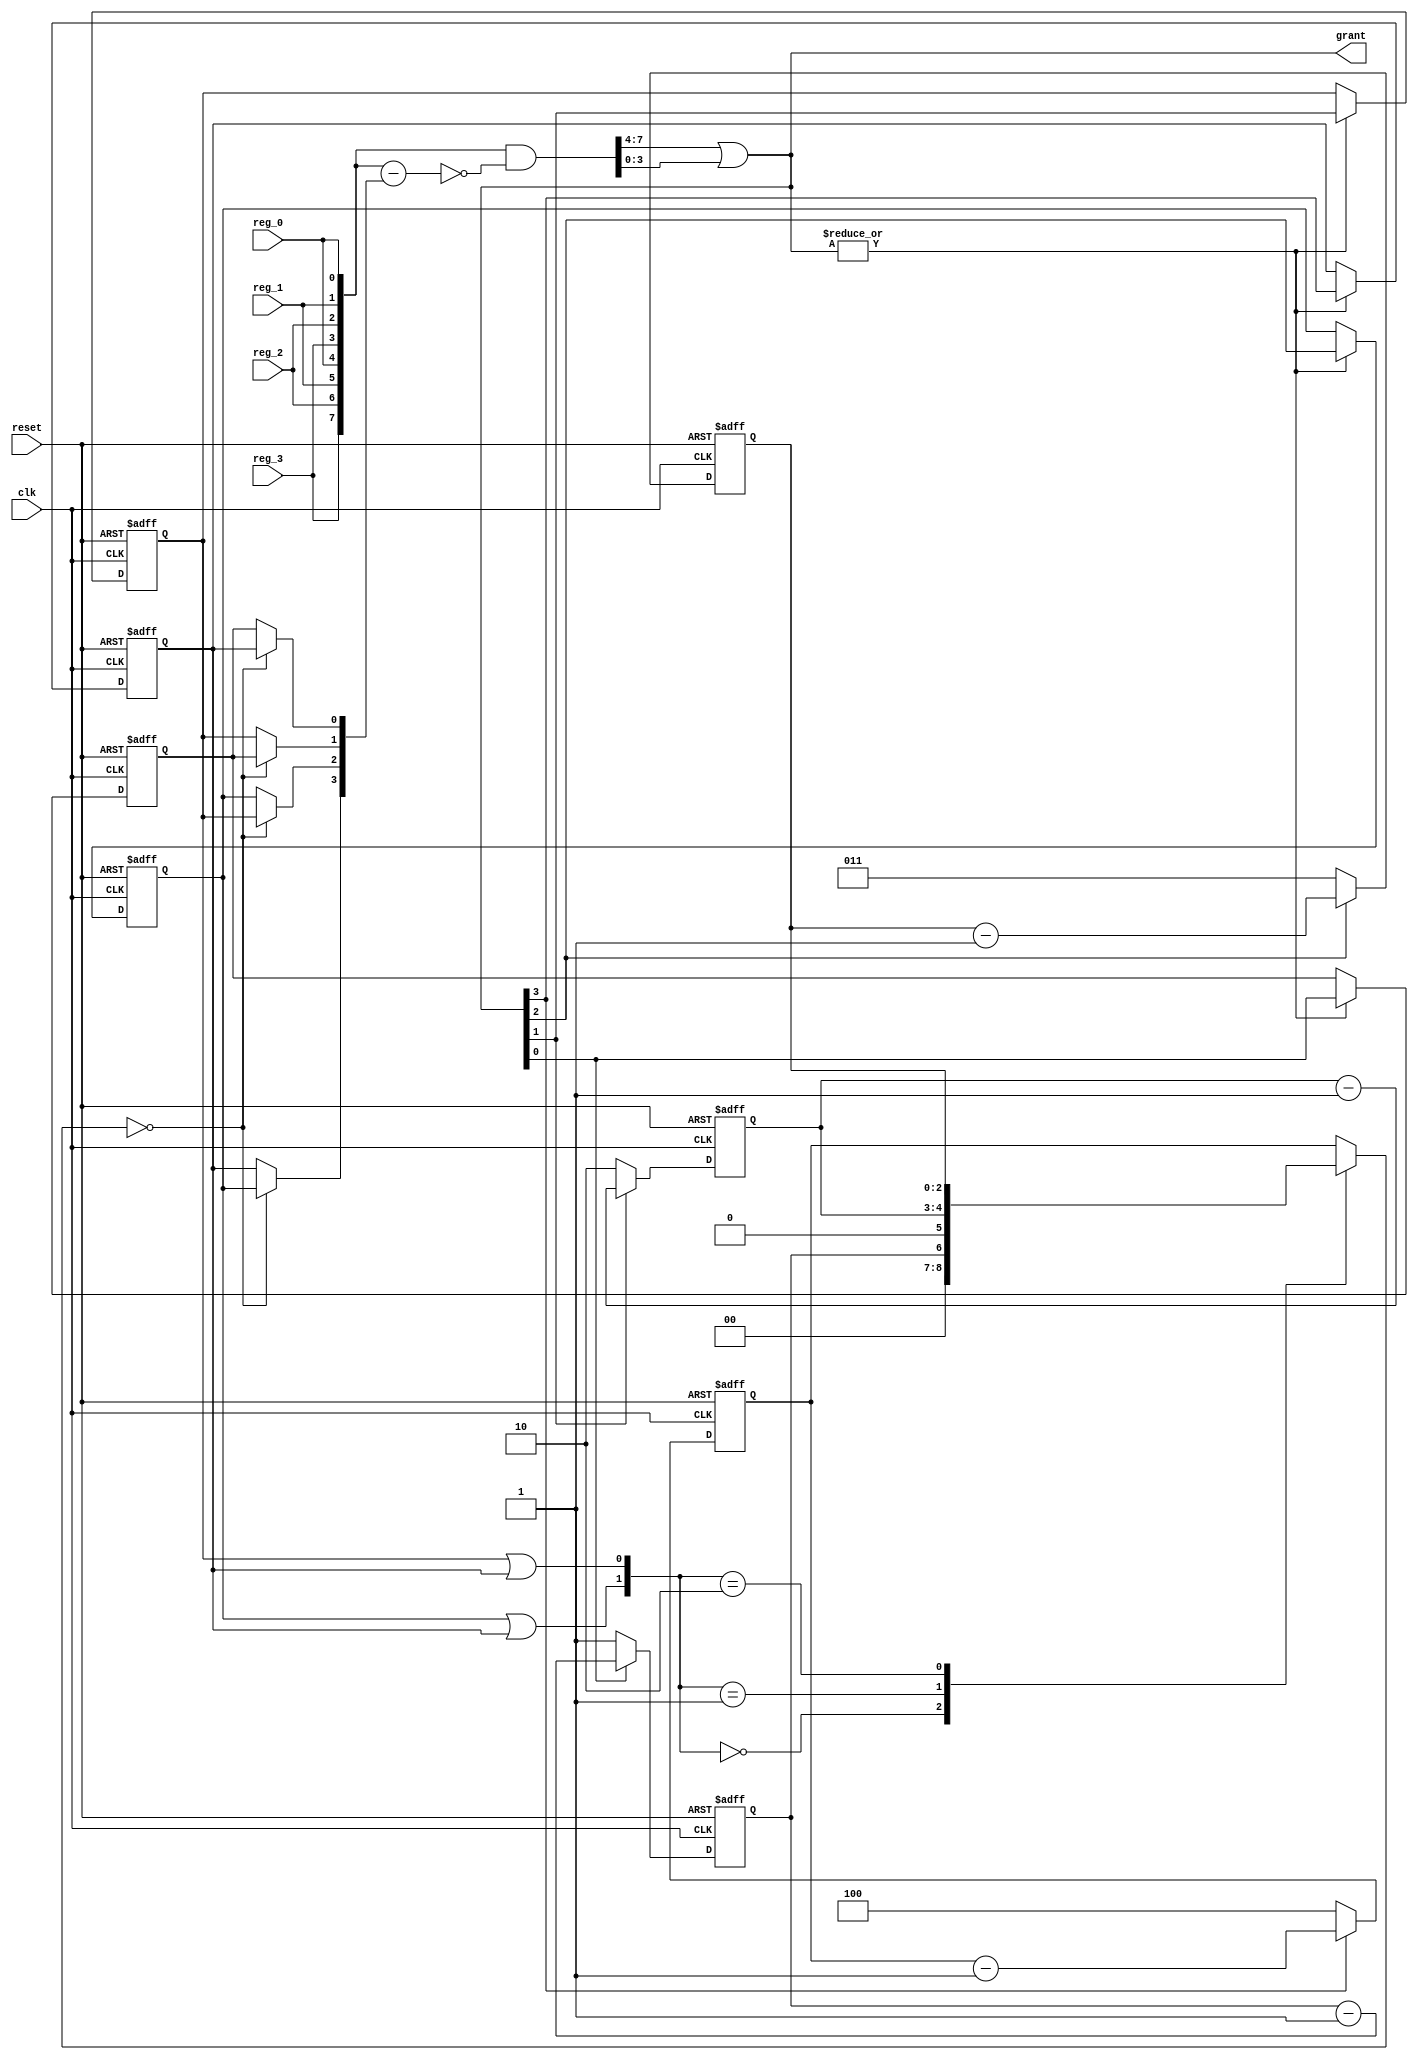
// Generator : SpinalHDL v1.7.2    git head : 08fc866bebdc40c471ebe327bface63e34406489
// Component : WeightRR_1
// Git hash  : 23d564a3e9d4d768c2cb1641ec7dc2becc0d2602

`timescale 1ns/1ps

module WeightRR_1 (
  input               reg_0,
  input               reg_1,
  input               reg_2,
  input               reg_3,
  output     [3:0]    grant,
  input               clk,
  input               reset
);

  reg        [2:0]    _zz__zz_ohPority_0;
  wire       [2:0]    _zz__zz_ohPority_0_1;
  wire       [2:0]    _zz__zz_ohPority_0_2;
  wire       [7:0]    _zz__zz_grant_2;
  wire       [7:0]    _zz__zz_grant_2_1;
  wire       [3:0]    _zz__zz_grant_2_2;
  reg        [0:0]    weightCnt_0;
  reg        [1:0]    weightCnt_1;
  reg        [2:0]    weightCnt_2;
  reg        [2:0]    weightCnt_3;
  wire                when_WeightRR_1_l35;
  wire                when_WeightRR_1_l35_1;
  wire                when_WeightRR_1_l35_2;
  wire                when_WeightRR_1_l35_3;
  reg                 maskLocked_0;
  reg                 maskLocked_1;
  reg                 maskLocked_2;
  reg                 maskLocked_3;
  wire       [3:0]    maskLockedToBits;
  wire                _zz_maskToUInt;
  wire                _zz_maskToUInt_1;
  wire                _zz_maskToUInt_2;
  wire       [1:0]    maskToUInt;
  wire                _zz_ohPority_0;
  wire                ohPority_0;
  wire                ohPority_1;
  wire                ohPority_2;
  wire                ohPority_3;
  wire       [3:0]    _zz_grant;
  wire       [7:0]    _zz_grant_1;
  wire       [7:0]    _zz_grant_2;
  wire       [3:0]    _zz_grant_3;
  wire                when_WeightRR_1_l51;

  assign _zz__zz_ohPority_0_1 = {2'd0, weightCnt_0};
  assign _zz__zz_ohPority_0_2 = {1'd0, weightCnt_1};
  assign _zz__zz_grant_2 = (_zz_grant_1 - _zz__zz_grant_2_1);
  assign _zz__zz_grant_2_2 = {ohPority_3,{ohPority_2,{ohPority_1,ohPority_0}}};
  assign _zz__zz_grant_2_1 = {4'd0, _zz__zz_grant_2_2};
  always @(*) begin
    case(maskToUInt)
      2'b00 : _zz__zz_ohPority_0 = _zz__zz_ohPority_0_1;
      2'b01 : _zz__zz_ohPority_0 = _zz__zz_ohPority_0_2;
      2'b10 : _zz__zz_ohPority_0 = weightCnt_2;
      default : _zz__zz_ohPority_0 = weightCnt_3;
    endcase
  end

  assign when_WeightRR_1_l35 = grant[0];
  assign when_WeightRR_1_l35_1 = grant[1];
  assign when_WeightRR_1_l35_2 = grant[2];
  assign when_WeightRR_1_l35_3 = grant[3];
  assign maskLockedToBits = {maskLocked_3,{maskLocked_2,{maskLocked_1,maskLocked_0}}};
  assign _zz_maskToUInt = maskLockedToBits[3];
  assign _zz_maskToUInt_1 = (maskLockedToBits[1] || _zz_maskToUInt);
  assign _zz_maskToUInt_2 = (maskLockedToBits[2] || _zz_maskToUInt);
  assign maskToUInt = {_zz_maskToUInt_2,_zz_maskToUInt_1};
  assign _zz_ohPority_0 = (_zz__zz_ohPority_0 == 3'b000);
  assign ohPority_0 = (_zz_ohPority_0 ? maskLocked_3 : maskLocked_0);
  assign ohPority_1 = (_zz_ohPority_0 ? maskLocked_0 : maskLocked_1);
  assign ohPority_2 = (_zz_ohPority_0 ? maskLocked_1 : maskLocked_2);
  assign ohPority_3 = (_zz_ohPority_0 ? maskLocked_2 : maskLocked_3);
  assign _zz_grant = {reg_3,{reg_2,{reg_1,reg_0}}};
  assign _zz_grant_1 = {_zz_grant,_zz_grant};
  assign _zz_grant_2 = (_zz_grant_1 & (~ _zz__zz_grant_2));
  assign _zz_grant_3 = (_zz_grant_2[7 : 4] | _zz_grant_2[3 : 0]);
  assign grant = {_zz_grant_3[3],{_zz_grant_3[2],{_zz_grant_3[1],_zz_grant_3[0]}}};
  assign when_WeightRR_1_l51 = (|grant);
  always @(posedge clk or posedge reset) begin
    if(reset) begin
      weightCnt_0 <= 1'b1;
      weightCnt_1 <= 2'b10;
      weightCnt_2 <= 3'b011;
      weightCnt_3 <= 3'b100;
      maskLocked_0 <= 1'b0;
      maskLocked_1 <= 1'b0;
      maskLocked_2 <= 1'b0;
      maskLocked_3 <= 1'b1;
    end else begin
      if(when_WeightRR_1_l35) begin
        weightCnt_0 <= (weightCnt_0 - 1'b1);
      end else begin
        weightCnt_0 <= 1'b1;
      end
      if(when_WeightRR_1_l35_1) begin
        weightCnt_1 <= (weightCnt_1 - 2'b01);
      end else begin
        weightCnt_1 <= 2'b10;
      end
      if(when_WeightRR_1_l35_2) begin
        weightCnt_2 <= (weightCnt_2 - 3'b001);
      end else begin
        weightCnt_2 <= 3'b011;
      end
      if(when_WeightRR_1_l35_3) begin
        weightCnt_3 <= (weightCnt_3 - 3'b001);
      end else begin
        weightCnt_3 <= 3'b100;
      end
      if(when_WeightRR_1_l51) begin
        maskLocked_0 <= grant[0];
        maskLocked_1 <= grant[1];
        maskLocked_2 <= grant[2];
        maskLocked_3 <= grant[3];
      end
    end
  end


endmodule